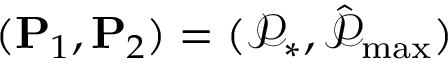
( \mathbf { P } _ { 1 } , \mathbf { P } _ { 2 } ) = ( \mathcal { P } _ { * } , \hat { \mathcal { P } } _ { \operatorname* { m a x } } )